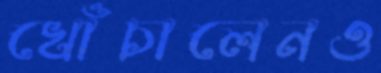
খোঁচালেনও